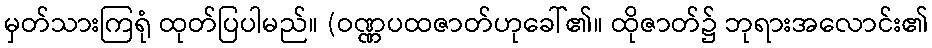
မှတ်သားကြရုံ ထုတ်ပြပါမည်။ (ဝဏ္ဏပထဇာတ်ဟုခေါ်၏။ ထိုဇာတ်၌ ဘုရားအလောင်း၏